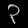
Digit: ၃